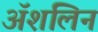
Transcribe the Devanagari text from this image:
अॅशलिन